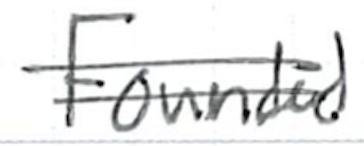
Text: Founded
Cross-out: mix
Writing tool: ballpoint